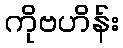
ကိုဗဟိန်း